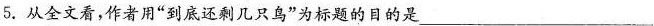
5.从全文看，作者用”到底还剩几只鸟”为标题的目的是___